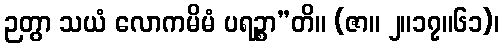
ဉတွာ သယံ လောကမိမံ ပရဉ္စာ”တိ။ (ဇာ။ ၂။၁၇။၆၁)၊